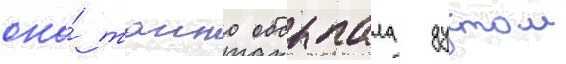
она́ таино обсыпала дустом